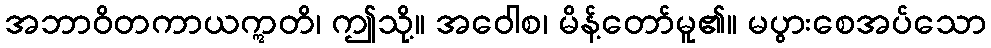
အဘာဝိတကာယဣတိ၊ ဤသို့။ အဝေါစ၊ မိန့်တော်မူ၏။ မပွားစေအပ်သော